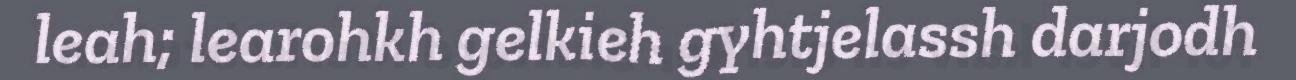
leah; learohkh gelkieh gyhtjelassh darjodh